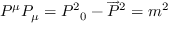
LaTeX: P ^ { \mu } P _ { \mu } = { P ^ { 2 } } _ { 0 } - { \overrightarrow { P } } ^ { 2 } = m ^ { 2 }